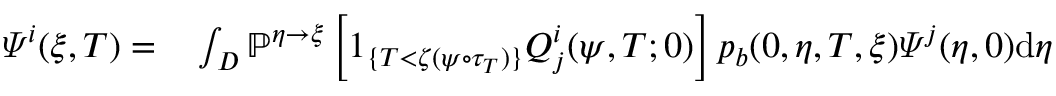
\begin{array} { r l } { \varPsi ^ { i } ( \xi , T ) = } & { { } \int _ { D } \mathbb { P } ^ { \eta \rightarrow \xi } \left[ 1 _ { \{ T < \zeta ( \psi \circ \tau _ { T } ) \} } Q _ { j } ^ { i } ( \psi , T ; 0 ) \right] p _ { b } ( 0 , \eta , T , \xi ) \varPsi ^ { j } ( \eta , 0 ) \mathrm { d } \eta } \end{array}